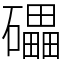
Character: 礧